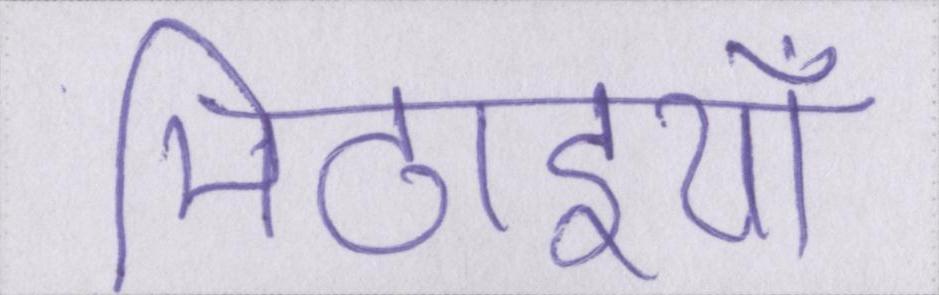
मिठाइयाँ